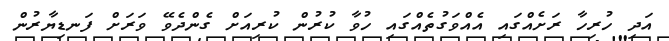
އަދި ހުރިހާ ރަށެއްގައި އެއްވަގުތެއްގައި ހުވާ ކުރުން ކުރިއަށް ގެންދެވޭ ވަރަށް ފަނޑިޔާރުން